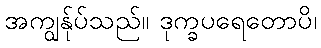
အကျွန်ုပ်သည်။ ဒုက္ခပရေတောပိ၊